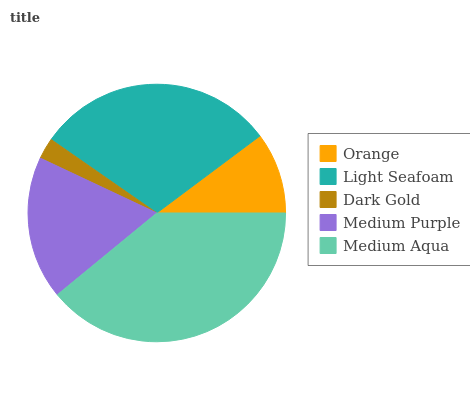
| Orange | Light Seafoam | Dark Gold | Medium Purple | Medium Aqua |
 | --- | --- | --- | --- | --- |
 | 10.2% | 30.1% | 2.66% | 18% | 39% |